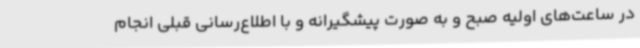
در ساعت‌های اولیه صبح و به صورت پیشگیرانه و با اطلاع‌رسانی قبلی انجام